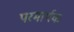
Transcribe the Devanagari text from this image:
परमार्थक